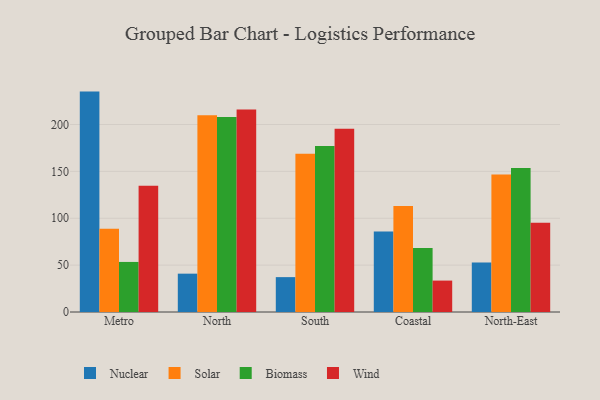
{"axis": {"x": "Region", "y": "Budget (USD K)"}, "legend": ["Biomass", "Nuclear", "Solar", "Wind"], "data": [{"x": "Metro", "y": 235.1, "type": "Nuclear"}, {"x": "Metro", "y": 88.7, "type": "Solar"}, {"x": "Metro", "y": 53.4, "type": "Biomass"}, {"x": "Metro", "y": 134.7, "type": "Wind"}, {"x": "North", "y": 40.9, "type": "Nuclear"}, {"x": "North", "y": 209.9, "type": "Solar"}, {"x": "North", "y": 208.0, "type": "Biomass"}, {"x": "North", "y": 216.1, "type": "Wind"}, {"x": "South", "y": 37.2, "type": "Nuclear"}, {"x": "South", "y": 168.7, "type": "Solar"}, {"x": "South", "y": 177.2, "type": "Biomass"}, {"x": "South", "y": 195.5, "type": "Wind"}, {"x": "Coastal", "y": 85.9, "type": "Nuclear"}, {"x": "Coastal", "y": 113.1, "type": "Solar"}, {"x": "Coastal", "y": 68.2, "type": "Biomass"}, {"x": "Coastal", "y": 33.5, "type": "Wind"}, {"x": "North-East", "y": 52.8, "type": "Nuclear"}, {"x": "North-East", "y": 146.6, "type": "Solar"}, {"x": "North-East", "y": 153.5, "type": "Biomass"}, {"x": "North-East", "y": 95.2, "type": "Wind"}]}